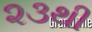
૨૩થી